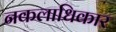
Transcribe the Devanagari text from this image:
नकलाधिकार